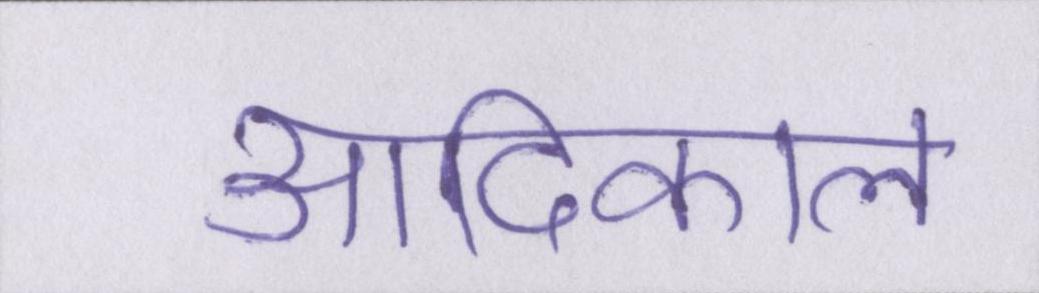
आदिकाल